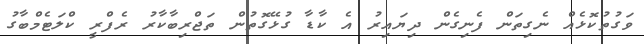
ވަގުތުކޮޅެއް ނެގިތަން ފެނިގެން ދިޔައިރު އެ ކާޑާ ގުޅޭގޮތުން ތަޖްރިބާކާރު ރެފްރީ ކްލަޓެމްބާގު